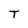
Character: T